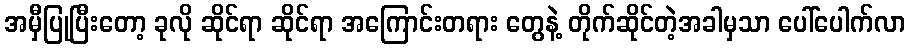
အမှီပြုပြီးတော့ ခုလို ဆိုင်ရာ ဆိုင်ရာ အကြောင်းတရား တွေနဲ့ တိုက်ဆိုင်တဲ့အခါမှသာ ပေါ်ပေါက်လာ